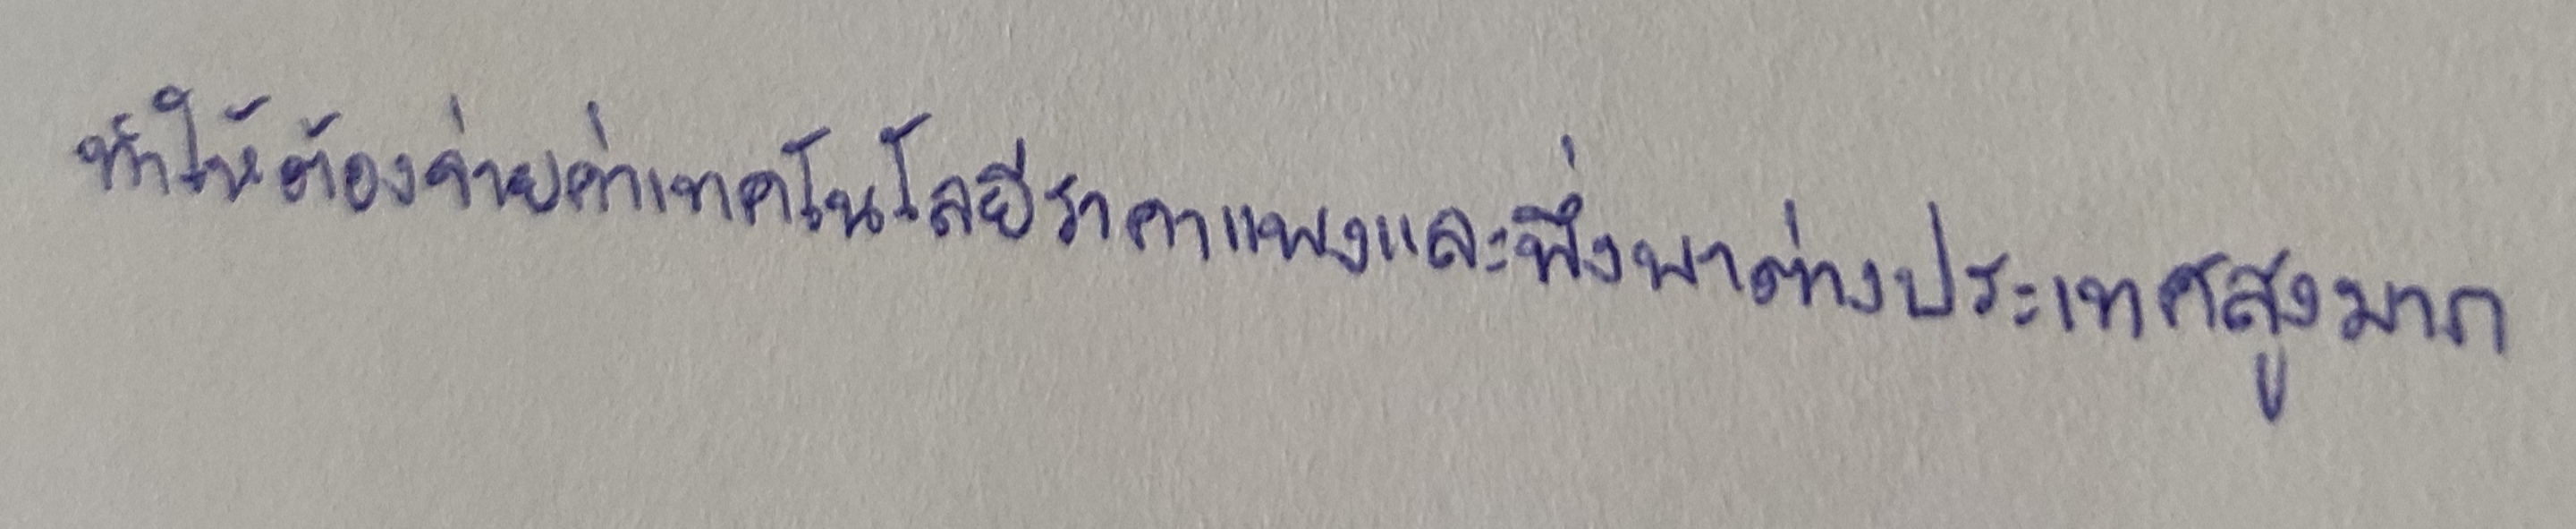
ทำให้ต้องจ่ายค่าเทคโนโลยีราคาแพงและพึ่งพาต่างประเทศสูงมาก